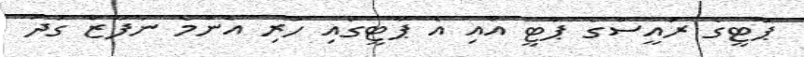
ޕާޓީގެ ރައީސްގެ ޕާޓީ އާއި އެ ޕާޓީގައި ހުރި އެންމެ ނުފޫޒް ގަދަ